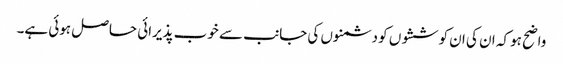
واضح ہو کہ ان کی ان کوششوں کو دشمنوں کی جانب سے خوب پذیرائی حاصل ہوئی ہے۔